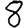
Digit: 8